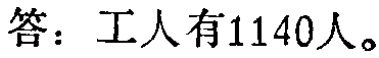
答：工人有1140人。